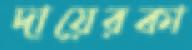
দায়েরকা